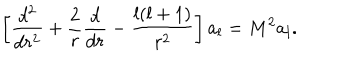
LaTeX: \left[ { \frac { d ^ { 2 } } { d r ^ { 2 } } } + { \frac { 2 } { r } } { \frac { d } { d r } } - { \frac { l ( l + 1 ) } { r ^ { 2 } } } \right] a _ { l } = M ^ { 2 } a _ { l } .